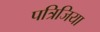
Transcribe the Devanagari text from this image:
पत्रिजिया